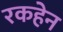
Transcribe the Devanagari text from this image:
रकहेन